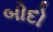
બોદો